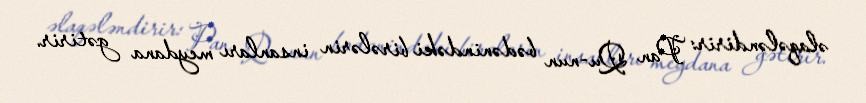
əlaqələndirir: Pan Qu-nun bədənindəki birələrin insanları meydana gətirir.